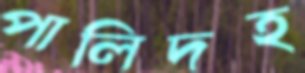
পালিদহ